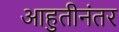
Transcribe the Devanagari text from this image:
आहुतीनंतर